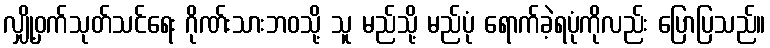
လျှို့ဝှက်သုတ်သင်ရေး ဂိုဏ်းသားဘဝသို့ သူ မည်သို့ မည်ပုံ ရောက်ခဲ့ရပုံကိုလည်း ပြောပြသည်။